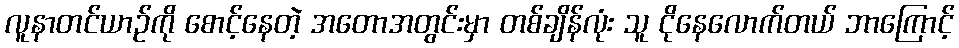
လူနာတင်ယာဉ်ကို စောင့်နေတဲ့ အတောအတွင်းမှာ တစ်ချိန်လုံး သူ ငိုနေလောက်တယ် ဘာကြောင့်